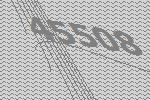
45508